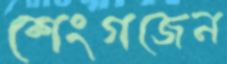
শেংগজেন